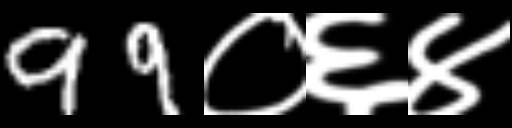
Text: 99०६४